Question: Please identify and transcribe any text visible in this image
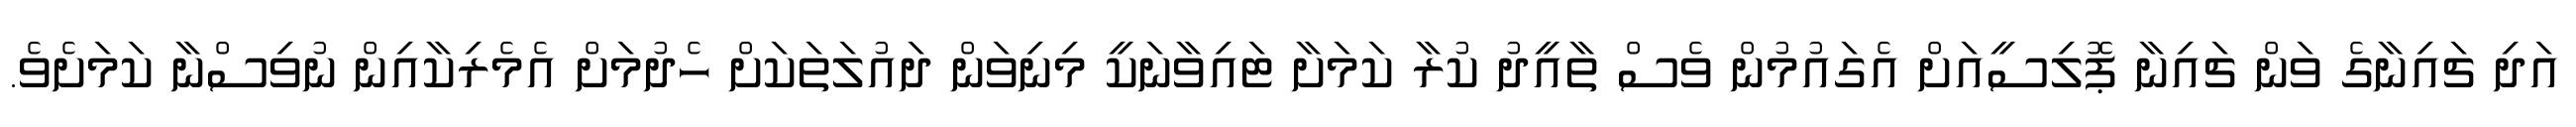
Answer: އަދި ޗައިނާގެ ވަން ޗައިނާ ޕޮލިސީއަށް އެގައުމުން ވެސް ތާއީދު ކުރާ ކަމަށާ ޓައިވާނަކީ މިނިވަން ދައުލަތަކަށް ހެދުމަށް އެމެރިކާއިން ނުވިސްނާ ކަމަށެވެ.